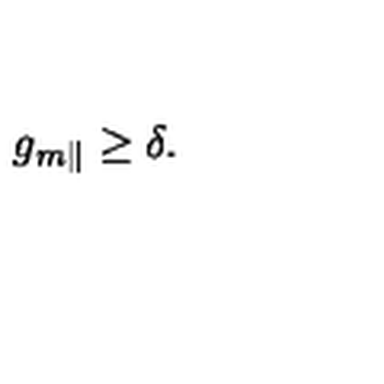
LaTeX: g _ { m \parallel } \geq \delta .